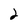
Character: 2